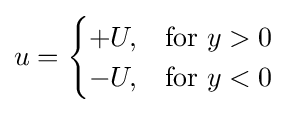
u={\begin{cases}+U,&{\text{for }}y>0\\-U,&{\text{for }}y<0\end{cases}}